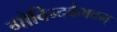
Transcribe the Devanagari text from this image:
गोविन्दवैभवम्